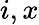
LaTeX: i,x